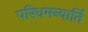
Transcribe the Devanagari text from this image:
परिधमन्यार्ति